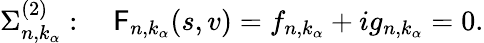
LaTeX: \Sigma_{n,k_{\alpha}}^{(2)}:\quad\mathsf{F}_{n,k_{\alpha}}(s,v)=f_{n,k_{\alpha}}+ig_{n,k_{\alpha}}=0.